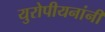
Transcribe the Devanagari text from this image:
युरोपीयनांनी